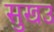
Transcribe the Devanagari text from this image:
सुखउ